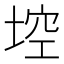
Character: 埪